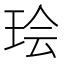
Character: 㻅